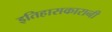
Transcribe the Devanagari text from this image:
इतिहासकारानी